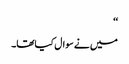
‘‘
میں نے سوال کیاتھا۔